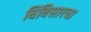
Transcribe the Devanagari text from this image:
बिंबिसारचा